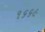
૧૬૬૯